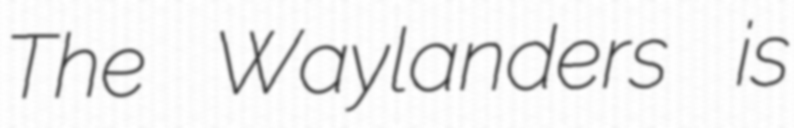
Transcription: The Waylanders is